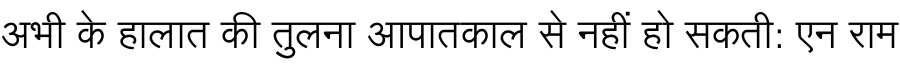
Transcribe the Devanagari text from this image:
अभी के हालात की तुलना आपातकाल से नहीं हो सकती: एन राम